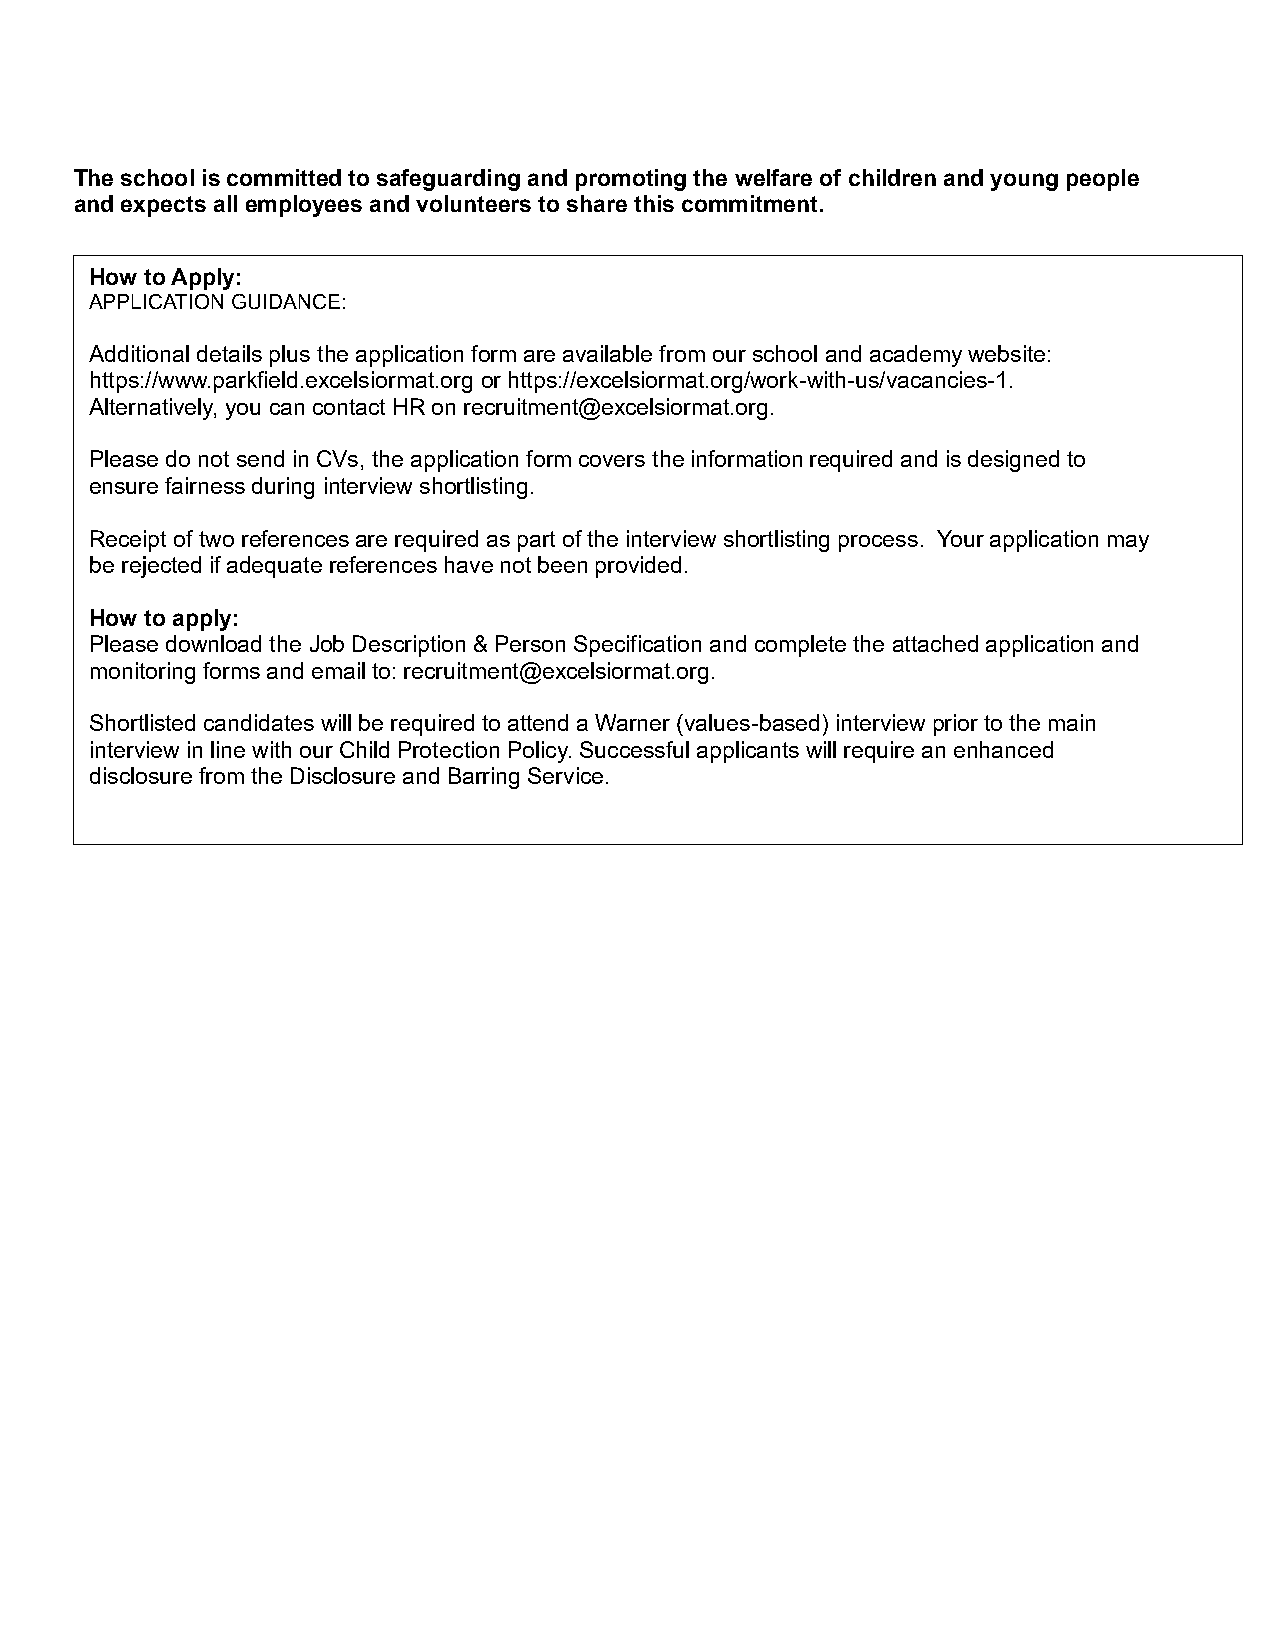
The school is committed to safeguarding and promoting the welfare of children and young people
 and expects all employees and volunteers to share this commitment.
 How to Apply:
 APPLICATION GUIDANCE:
 Additional details plus the application form are available from our school and academy website:
 https://www.parkfield.excelsiormat.org or https://excelsiormat.org/work-with-us/vacancies-1.
 Alternatively, you can contact HR on recruitment@excelsiormat.org.
 Please do not send in CVs, the application form covers the information required and is designed to
 ensure fairness during interview shortlisting.
 Receipt of two references are required as part of the interview shortlisting process. Your application may
 be rejected if adequate references have not been provided.
 How to apply:
 Please download the Job Description & Person Specification and complete the attached application and
 monitoring forms and email to: recruitment@excelsiormat.org.
 Shortlisted candidates will be required to attend a Warner (values-based) interview prior to the main
 interview in line with our Child Protection Policy. Successful applicants will require an enhanced
 disclosure from the Disclosure and Barring Service.